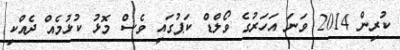
ކުރިން 2014 ވަނަ އަހަރުގެ ވޯލްޑް ކަޕުގައި ވެސް މޮޅު ކުޅުމެއް ދެއްކި